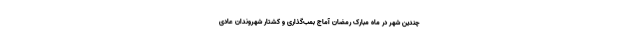
چندین شهر در ماه مبارک رمضان آماج بمب‌گذاری و کشتار شهروندان عادی